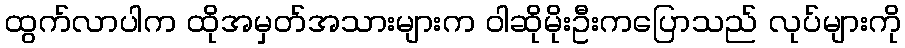
ထွက်လာပါက ထိုအမှတ်အသားများက ဝါဆိုမိုးဦးကပြောသည် လုပ်များကို